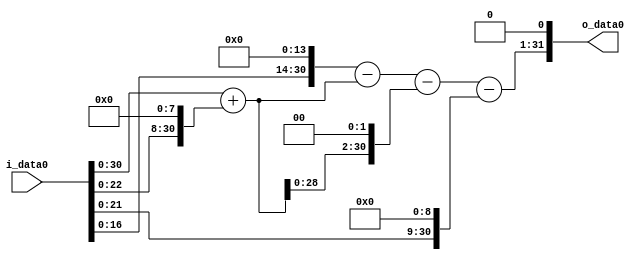
module multiplier_block (
    i_data0,
    o_data0
);

  // Port mode declarations:
  input   [31:0] i_data0;
  output  [31:0]
    o_data0;

  //Multipliers:

  wire [31:0]
    w1,
    w256,
    w257,
    w16384,
    w16127,
    w1028,
    w15099,
    w512,
    w14587,
    w29174;

  assign w1 = i_data0;
  assign w1028 = w257 << 2;
  assign w14587 = w15099 - w512;
  assign w15099 = w16127 - w1028;
  assign w16127 = w16384 - w257;
  assign w16384 = w1 << 14;
  assign w256 = w1 << 8;
  assign w257 = w1 + w256;
  assign w29174 = w14587 << 1;
  assign w512 = w1 << 9;

  assign o_data0 = w29174;

  //multiplier_block area estimate = 6649.47350411765;
endmodule